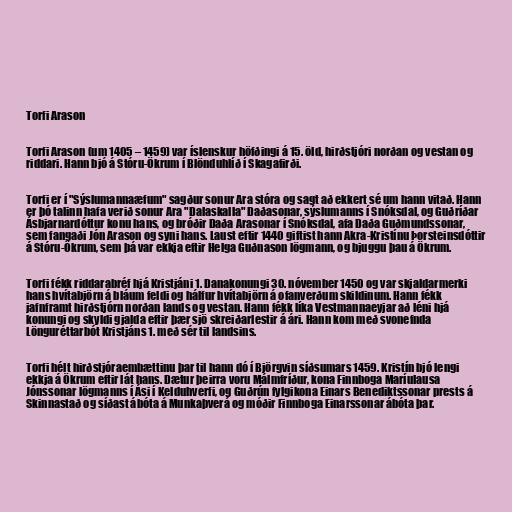
Torfi Arason

Torfi Arason (um 1405 – 1459) var íslenskur höfðingi á 15. öld, hirðstjóri norðan og vestan og
riddari. Hann bjó á Stóru-Ökrum í Blönduhlíð í Skagafirði.

Torfi er í "Sýslumannaæfum" sagður sonur Ara stóra og sagt að ekkert sé um hann vitað. Hann
er þó talinn hafa verið sonur Ara "Dalaskalla" Daðasonar, sýslumanns í Snóksdal, og Guðríðar
Ásbjarnardóttur konu hans, og bróðir Daða Arasonar í Snóksdal, afa Daða Guðmundssonar,
sem fangaði Jón Arason og syni hans. Laust eftir 1440 giftist hann Akra-Kristínu Þorsteinsdóttir
á Stóru-Ökrum, sem þá var ekkja eftir Helga Guðnason lögmann, og bjuggu þau á Ökrum.

Torfi fékk riddarabréf hjá Kristjáni 1. Danakonungi 30. nóvember 1450 og var skjaldarmerki
hans hvítabjörn á bláum feldi og hálfur hvítabjörn á ofanverðum skildinum. Hann fékk
jafnframt hirðstjórn norðan lands og vestan. Hann fékk líka Vestmannaeyjar að léni hjá
konungi og skyldi gjalda eftir þær sjö skreiðarlestir á ári. Hann kom með svonefnda
Lönguréttarbót Kristjáns 1. með sér til landsins.

Torfi hélt hirðstjóraembættinu þar til hann dó í Björgvin síðsumars 1459. Kristín bjó lengi
ekkja á Ökrum eftir lát hans. Dætur þeirra voru Málmfríður, kona Finnboga Maríulausa
Jónssonar lögmanns í Ási í Kelduhverfi, og Guðrún fylgikona Einars Benediktssonar prests á
Skinnastað og síðast ábóta á Munkaþverá og móðir Finnboga Einarssonar ábóta þar.